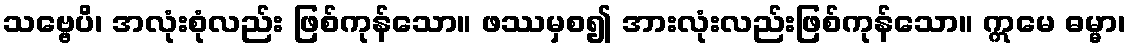
သဗ္ဗေပိ၊ အလုံးစုံလည်း ဖြစ်ကုန်သော။ ဖဿမှစ၍ အားလုံးလည်းဖြစ်ကုန်သော။ ဣမေ ဓမ္မာ၊